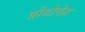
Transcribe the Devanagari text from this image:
प्रोटोनेट